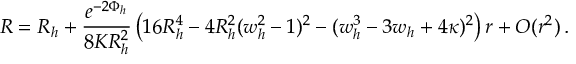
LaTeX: R = R _ { h } + \frac { e ^ { - 2 \Phi _ { h } } } { 8 K R _ { h } ^ { 2 } } \left( 1 6 R _ { h } ^ { 4 } - 4 R _ { h } ^ { 2 } ( w _ { h } ^ { 2 } - 1 ) ^ { 2 } - ( w _ { h } ^ { 3 } - 3 w _ { h } + 4 \kappa ) ^ { 2 } \right) r + { \cal O } ( r ^ { 2 } ) \, .